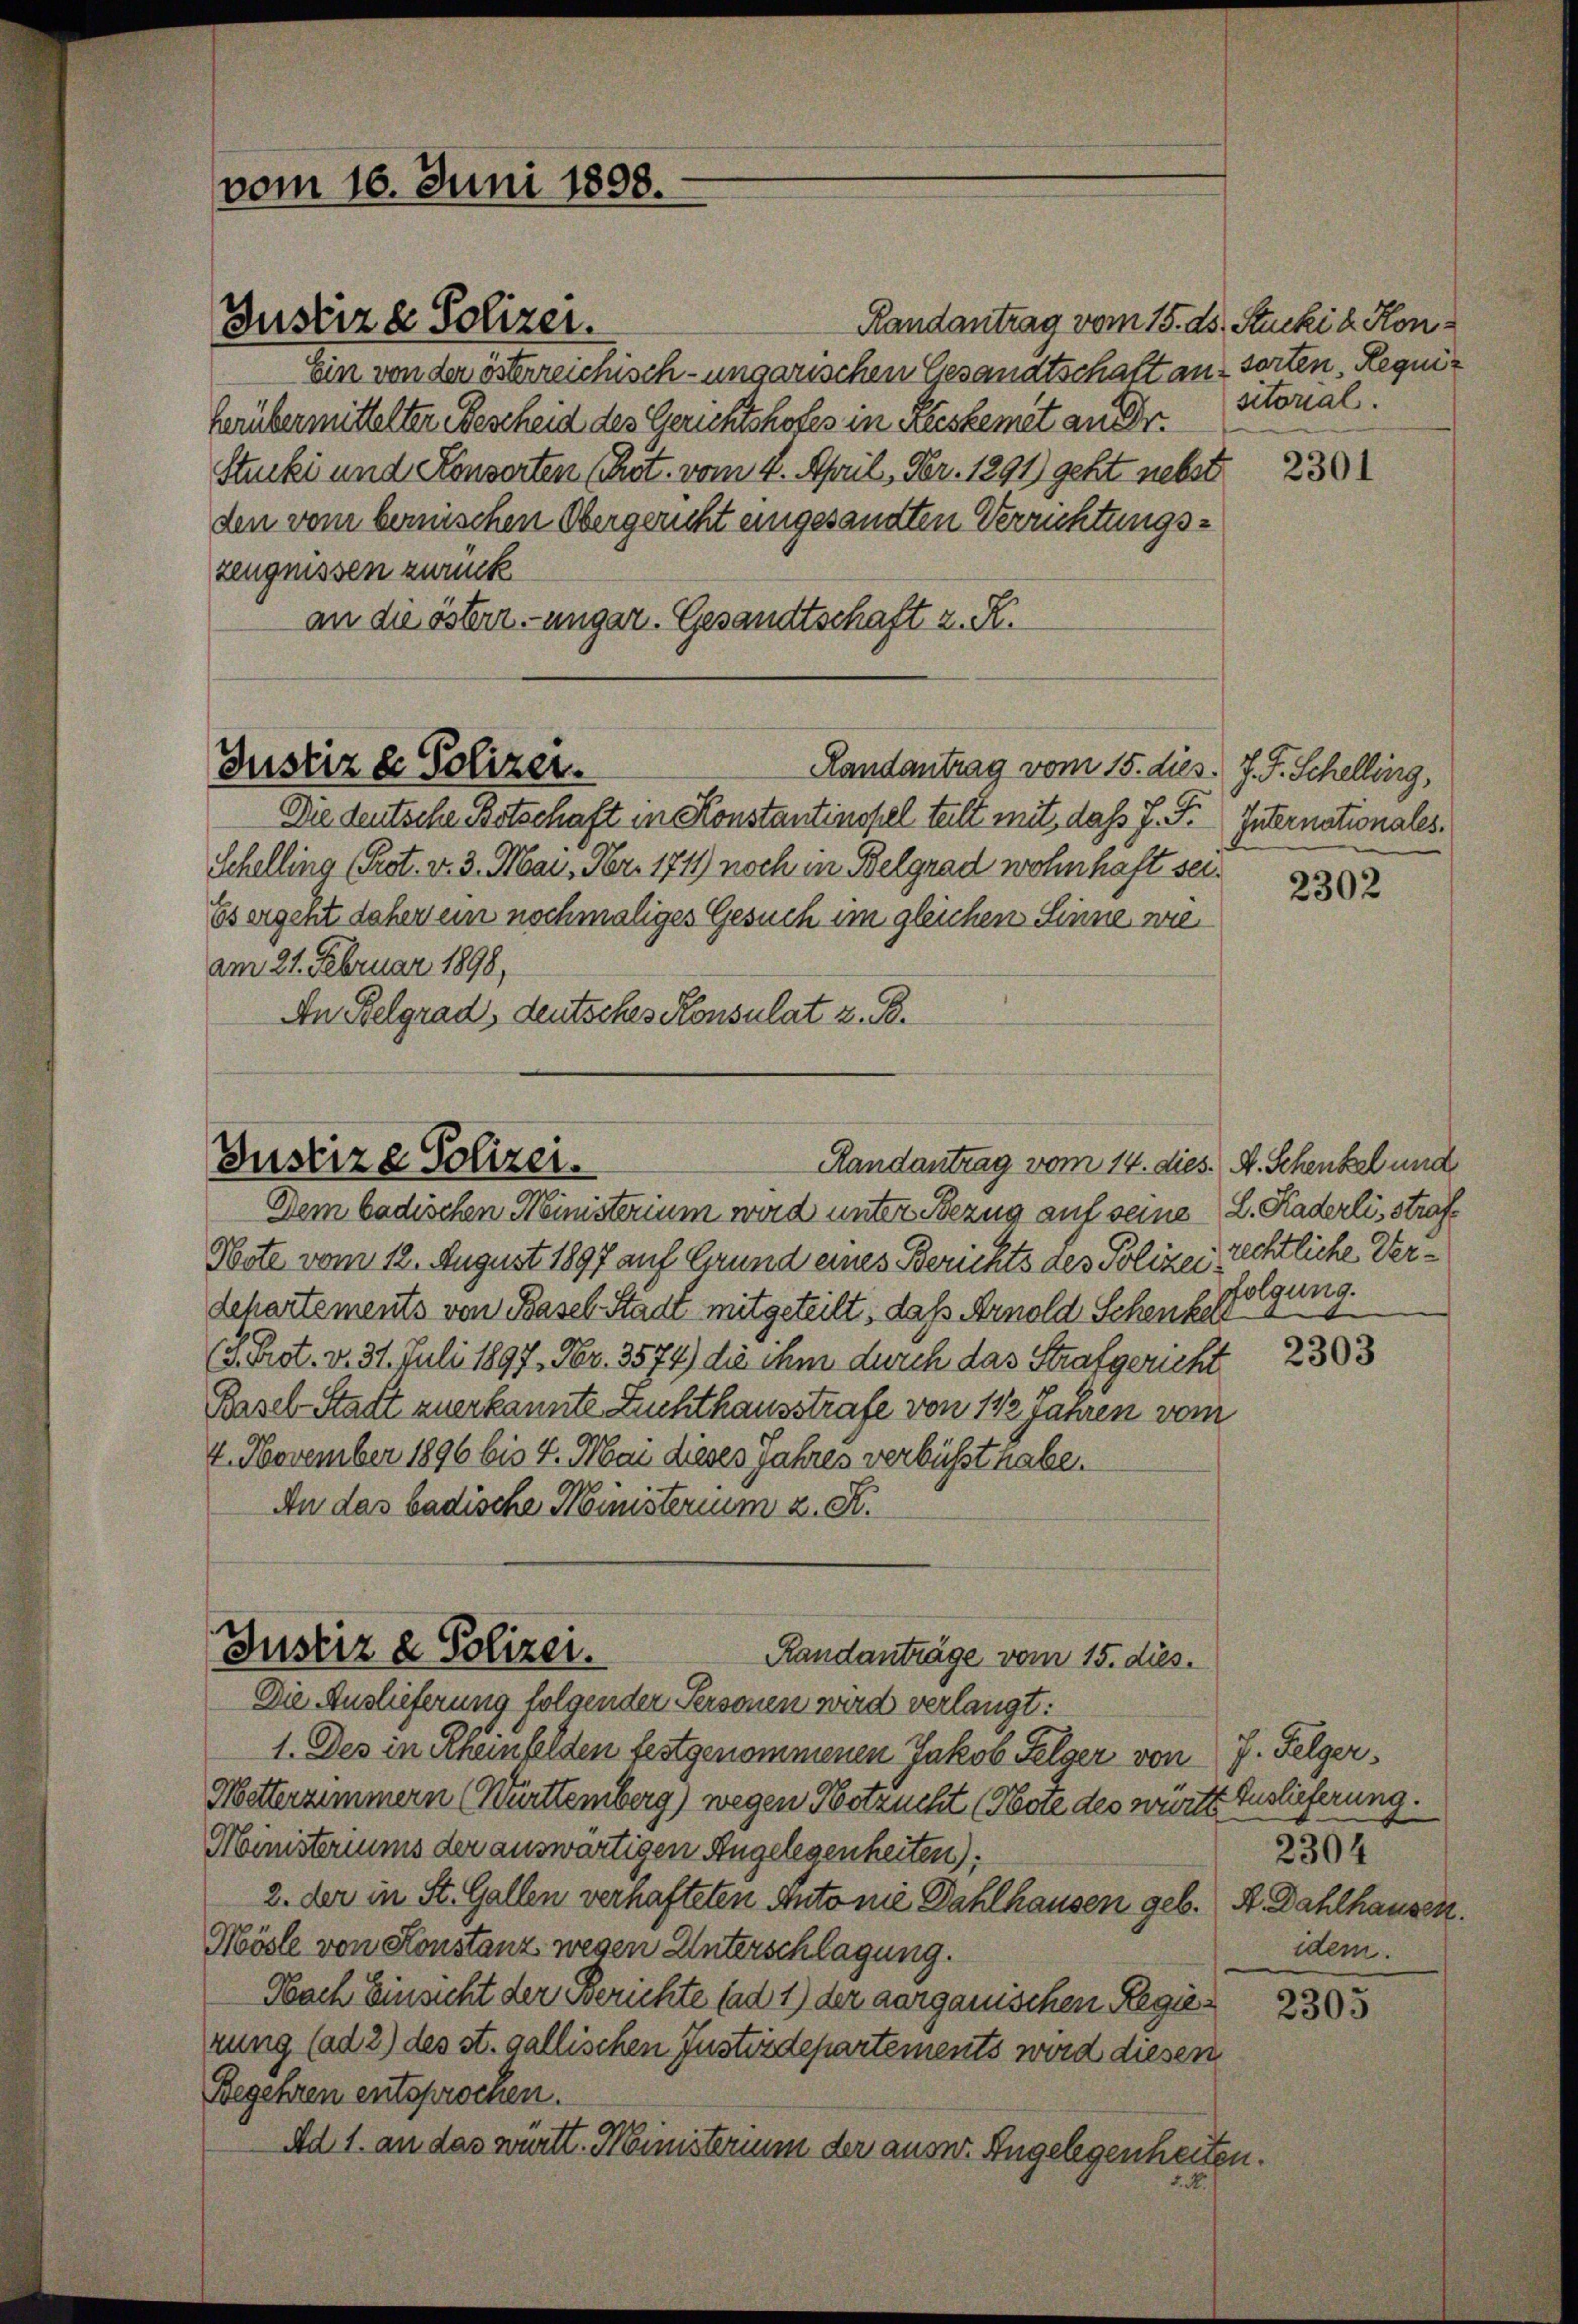
vom 16. Juni 1898.

Randantrag vom 15. ds. Stucki d. Kon¬
Ein von der österreichisch-ungarischen Gesandtschaft aus sorten. Requiherübermittelter Bescheid des Gerichtshofes in Reiskemet an Dr.
Stucki und Konserten (Prot. vom 4. April, Fr. 1291) geht nebst
den vom bemischen Obergericht eingesandten Verrichtungszeugnissen zurück
an die österr.-ungar. Gesandtschaft z. R.

Justiz & Polizei.

Justiz & Polizei.
Randantrag vom 15. dies. J. J. Schelling,

Die deutsche Botschaft in Konstantinopel teilt mit, das J. F. Internationales.
Schelling (Pot. v. 3. Mai, Nr. 1711 noch in Belgrad wohnhaft sei¬
Esergeht daher ein nochmaliges Gesuch im gleichen Sinne wie
am 21. Februar 1898,
An Belgrad, deutsches Konsulat z. B.

Justize Polizei.
Handantrag vom 14. dies H. Schenkel und

Justiz & Polizei.
Randanträge vom 15. dies.

Dem badischen Ministerium wird unter Bezug auf seine L. Kaderlistraf¬
Nste vom 12. August 1897 auf Grund eines Berichts des Polizei rechtliche Verdehartements von Basel-Stadt mitgeteilt, daß Arnold Schen Erfolgung.
(d. Prot. v. 31. Juli 1897, Fr. 3574) die ihm durch das Strafgericht
Basel-Statt zuerkannte Zuchthausstrafe von 142 Jahren vom
4. November 1896 bis 4. Mai dieses Jahres verbüsst habe.
An das badische Ministerium 2. S.

sitorial.

Die Auslieferung folgenden Personen wird verlangt:
1. Des in Rheinfelden festgenommenen Jakob Folger von J. Felger,
Mitterzimmern (Württemberg) wegen Hotzucht (Poie des württ. Auslieferung.
Ministeriums der auswärtigen Angelegenheiten):
2. der in St. Gallen verhafteten Antonie Dahlhausen geb. A. Dahlhausen.
Mösle von Konstanz wegen Unterschlagung.
Nach Einsicht der Berichte (ad 1) der aargauischen Regierung (ad 2) des st. gallischen Justizdepartements wird diesen
Begehren entsprochen.
Ad 1. an das württ. Ministerium der ausw. Angelegenheiten.

2301

2302

2303

2304
idem.

2305